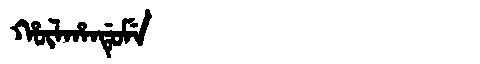
Manchu: ᡥᡡᠯᡥᠠᠨᡩᡠᠮᡝ
Romanization: HŪLHANDUME